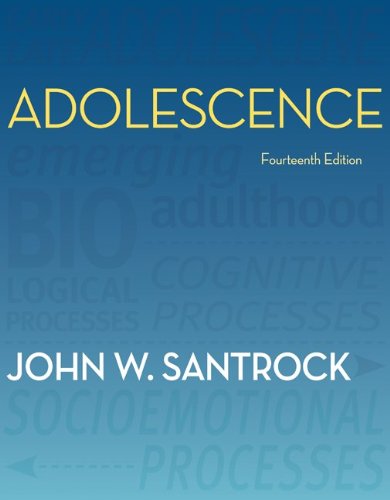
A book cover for Adolescence; John Santrock; Medical Books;